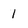
Character: 1